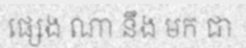
ផ្សេង ណា នឹង មក ជា